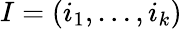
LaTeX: I=(i_{1},\ldots,i_{k})